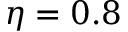
\eta = 0 . 8